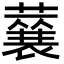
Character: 𮑽